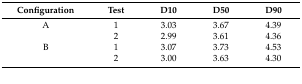
<table><thead><tr><td><b>Configuration</b></td><td><b>Test</b></td><td><b>D10</b></td><td><b>D50</b></td><td><b>D90</b></td></tr></thead><tbody><tr><td>A</td><td>1</td><td>3.03</td><td>3.67</td><td>4.39</td></tr><tr><td></td><td>2</td><td>2.99</td><td>3.61</td><td>4.36</td></tr><tr><td>B</td><td>1</td><td>3.07</td><td>3.73</td><td>4.53</td></tr><tr><td></td><td>2</td><td>3.00</td><td>3.63</td><td>4.30</td></tr></tbody></table>